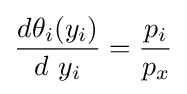
{\frac {d\theta _{i}(y_{i})}{d\ y_{i}}}={\frac {p_{i}}{p_{x}}}